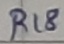
Text: R18